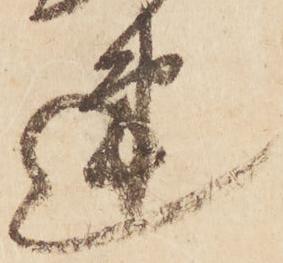
速